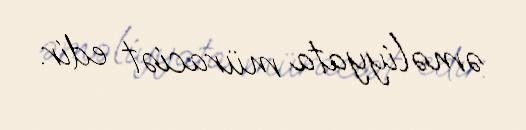
əməliyyata müraciət edir.